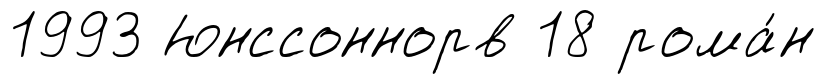
1993 Юнссоннорв 18 рома́н